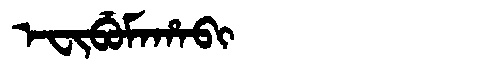
Manchu: ᡝᠸᡳᠪᡠᠮᠠᡥᠠᠪᡳ
Romanization: EFIBUMAHABI